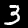
Label: 3